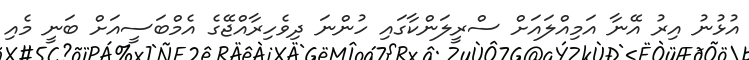
އުޅުނު އިރު އޭނާ އަމިއްލައަށް ސްރީލަންކާގައި ހުންނަ ދިވެހިރާއްޖޭގެ އެމްބަސީއަށް ބަނީ މެއި